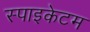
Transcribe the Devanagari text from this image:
स्पाइकेटम